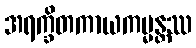
အရက္ခိတကာယကမ္မန္တဿ